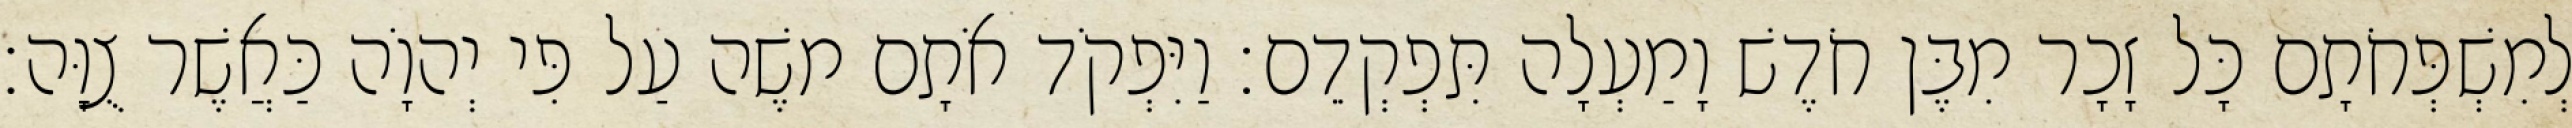
לְמִשְׁפְּחֹתָם כָּל זָכָר מִבֶּן חֹדֶשׁ וָמַעְלָה תִּפְקְדֵם׃ וַיִּפְקֹד אֹתָם משֶׁה עַל פִּי יְהוָֹה כַּאֲשֶׁר צֻוָּה׃